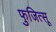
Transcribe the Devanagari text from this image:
फुजित्सू